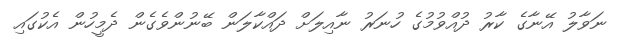
ނަވާލު އޭނާގެ ކާރު ދުއްވުމުގެ ހުނަރު ނާއިލަށް ދައްކާލަން ބޭނުންވެގެން ދެމީހުން އެކުގައި